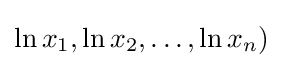
\ln x_{1},\ln x_{2},\dots ,\ln x_{n})